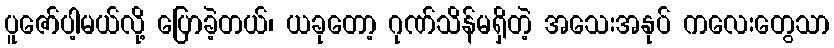
ပူဇော်ပါ့မယ်လို့ ပြောခဲ့တယ်၊ ယခုတော့ ဂုဏ်သိန်မရှိတဲ့ အသေးအနုပ် ကလေးတွေသာ